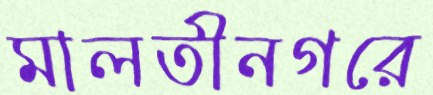
মালতীনগরে